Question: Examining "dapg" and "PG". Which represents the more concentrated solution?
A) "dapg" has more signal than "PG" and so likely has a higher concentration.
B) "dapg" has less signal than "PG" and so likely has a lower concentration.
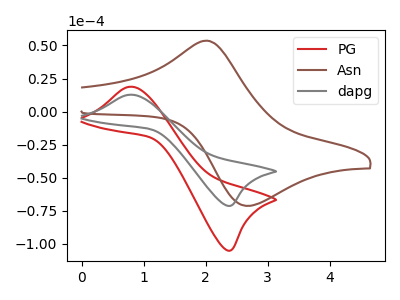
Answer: <think>The red curve "PG" has an anodic peak at (0.80V, 18.75uA) and a cathodic peak at (2.40V, -105.15uA). The brown curve "Asn" has an anodic peak at (2.00V, 53.60uA) and a cathodic peak at (2.70V, -71.40uA). The gray curve "dapg" has an anodic peak at (0.80V, 12.75uA) and a cathodic peak at (2.40V, -71.30uA).
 All the peaks in "dapg" have a peak in "PG" at the same potential. Every peak in "dapg" is lower than every peak in "PG".</think>
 <answer>B) "dapg" has less signal than "PG" and so likely has a lower concentration.</answer>
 <eval>B</eval>